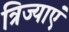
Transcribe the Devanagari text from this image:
त्रिज्याएं